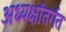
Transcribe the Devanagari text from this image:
अध्यक्षांतर्गत